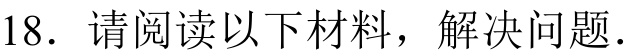
18. 请阅读以下材料，解决问题.